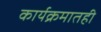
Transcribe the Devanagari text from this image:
कार्यक्रमातही